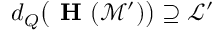
d _ { Q } \big ( \textbf { H } ( \mathcal { M } ^ { \prime } ) \big ) \supseteq \mathcal { L } ^ { \prime }